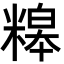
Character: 𥻷